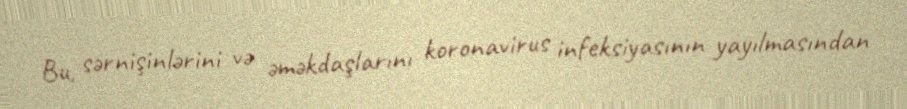
Bu, sərnişinlərini və əməkdaşlarını koronavirus infeksiyasının yayılmasından